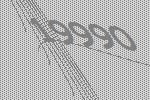
19990